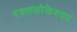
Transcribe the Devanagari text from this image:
रक्तलोकेश्वर